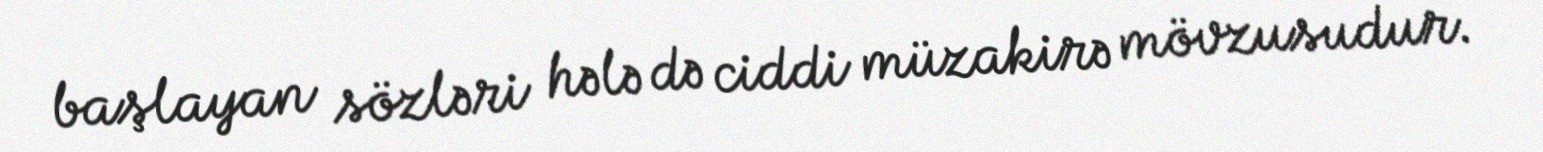
başlayan sözləri hələ də ciddi müzakirə mövzusudur.